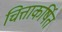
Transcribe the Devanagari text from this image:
चित्ताकर्षित